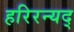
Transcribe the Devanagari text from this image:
हरिरन्यद्